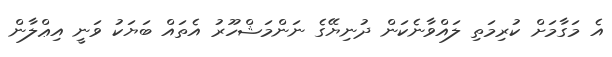
އެ މަގާމަށް ކުރިމަތި ލައްވާނެކަން ދުނިޔޭގެ ނަންމަޝްހޫރު އެތައް ބަޔަކު ވަނީ އިޢްލާން